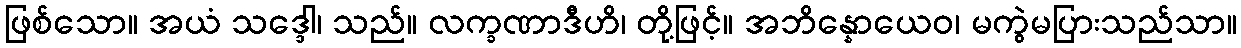
ဖြစ်သော။ အယံ သဒ္ဒေါ၊ သည်။ လက္ခဏာဒီဟိ၊ တို့ဖြင့်။ အဘိန္နောယေဝ၊ မကွဲမပြားသည်သာ။